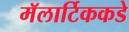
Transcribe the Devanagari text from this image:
मॅलार्टिककडे